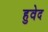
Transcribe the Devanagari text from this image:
हुवेद